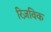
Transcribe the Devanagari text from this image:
रिज़विक